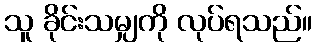
သူ ခိုင်းသမျှကို လုပ်ရသည်။